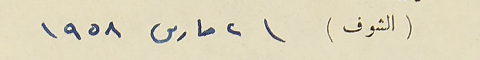
(الشوف) ٢ ماس ١٩٥٨